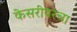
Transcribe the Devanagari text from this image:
केसरीवरचा